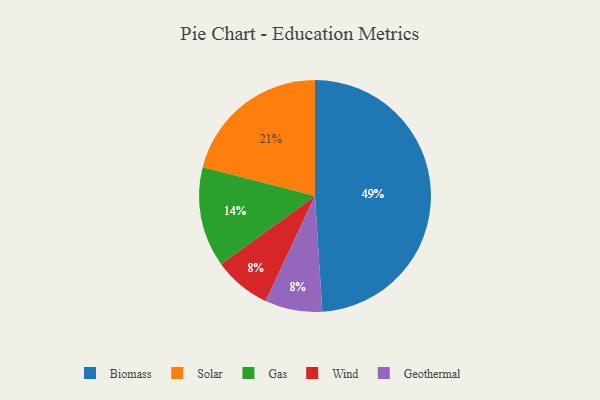
{"axis": {"x": "Category", "y": "Percentage"}, "legend": ["Biomass", "Gas", "Geothermal", "Solar", "Wind"], "data": [{"x": "Wind", "y": 8, "type": "Wind"}, {"x": "Gas", "y": 14, "type": "Gas"}, {"x": "Biomass", "y": 49, "type": "Biomass"}, {"x": "Geothermal", "y": 8, "type": "Geothermal"}, {"x": "Solar", "y": 21, "type": "Solar"}]}